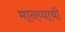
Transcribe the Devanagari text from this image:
मानव्याची